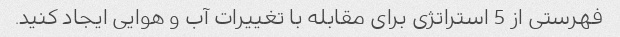
فهرستی از 5 استراتژی برای مقابله با تغییرات آب و هوایی ایجاد کنید.